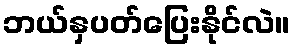
ဘယ်နှပတ်ပြေးနိုင်လဲ။